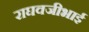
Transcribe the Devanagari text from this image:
राघवजीभाई